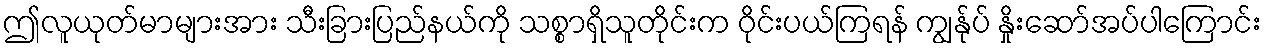
ဤလူယုတ်မာများအား သီးခြားပြည်နယ်ကို သစ္စာရှိသူတိုင်းက ဝိုင်းပယ်ကြရန် ကျွန်ုပ် နှိုးဆော်အပ်ပါကြောင်း